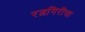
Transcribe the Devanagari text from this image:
रत्नगिरीचा